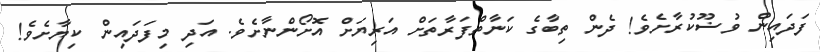
ފަދައިން ވުޟޫކުރާށެވެ! ދެން ތިބާގެ ކަނާތްފަރާތަށް އަރިޔަށް އޮށޯންނާށެވެ. އަދި މިފަދައިން ކިޔާށެވެ!